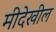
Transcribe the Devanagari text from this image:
मीदेखील